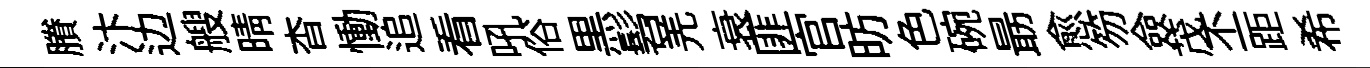
賸汴边艘晴杳慟追看吼俗黒髫羌衰匪官昉色碗朂愈笏僉茂丕距希